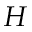
H